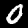
Label: 0